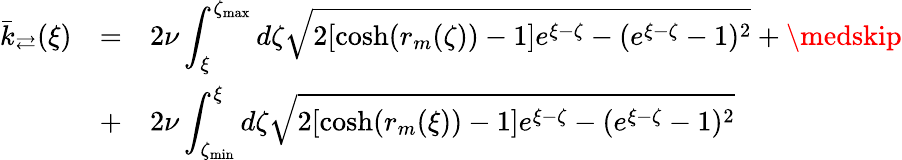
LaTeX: \begin{array}{rll}{\bar{k}_{\rightleftarrows}(\xi)}&{=}&{\displaystyle 2\nu\int_{\xi}^{\zeta_{\operatorname*{max}}}d\zeta\sqrt{2[\cosh(r_{m}(\zeta))-1]e^{\xi-\zeta}-(e^{\xi-\zeta}-1)^{2}}+\medskip}\\ &{+}&{\displaystyle 2\nu\int_{\zeta_{\operatorname*{min}}}^{\xi}d\zeta\sqrt{2[\cosh(r_{m}(\xi))-1]e^{\xi-\zeta}-(e^{\xi-\zeta}-1)^{2}}}\end{array}